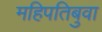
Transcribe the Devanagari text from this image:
महिपतिबुवा